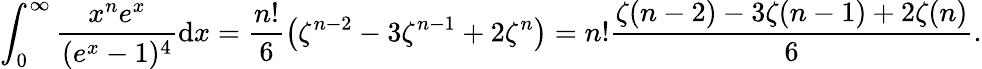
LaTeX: \int_{0}^{\infty}{\frac{x^{n}e^{x}}{(e^{x}-1)^{4}}}\mathrm{d}x={\frac{n!}{6}}{\bigl(}\zeta^{n-2}-3\zeta^{n-1}+2\zeta^{n}{\bigr)}=n!{\frac{\zeta(n-2)-3\zeta(n-1)+2\zeta(n)}{6}}.